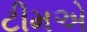
ટીમએ